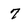
Character: 7